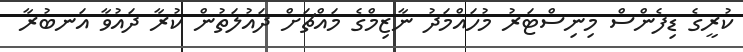
ކުރީގެ ޑިފެންސް މިނިސްޓަރު މުހައްމަދު ނާޒިމްގެ މައްޗަށް ދައުލަތުން ކުރާ ދައުވާ އަނބުރާ